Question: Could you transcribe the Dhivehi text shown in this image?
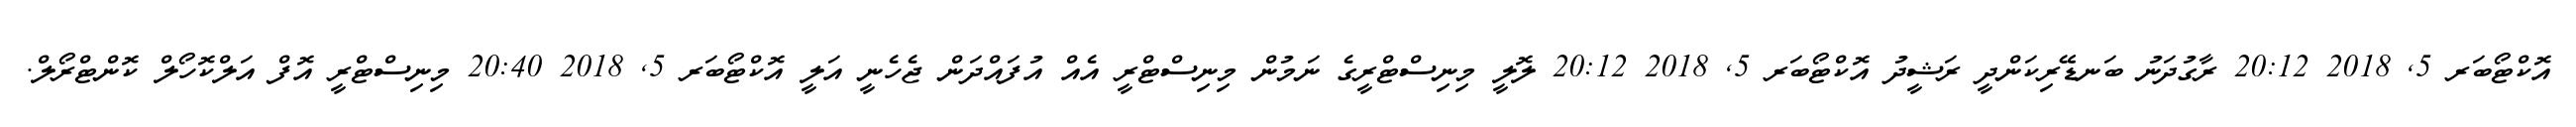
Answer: އޮކްޓޯބަރ 5, 2018 20:12 ރާގުދަނު ބަނޑޭރިކަންދީ ރަޝީދު އޮކްޓޯބަރ 5, 2018 20:12 ލޮލީ މިނިސްޓްރީގެ ނަމުން މިނިސްޓްރީ އެއް އުފައްދަން ޖެހެނީ އަލީ އޮކްޓޯބަރ 5, 2018 20:40 މިނިސްޓްރީ އޮފް އަލްކޮހޯލް ކޮންޓްރޯލް.